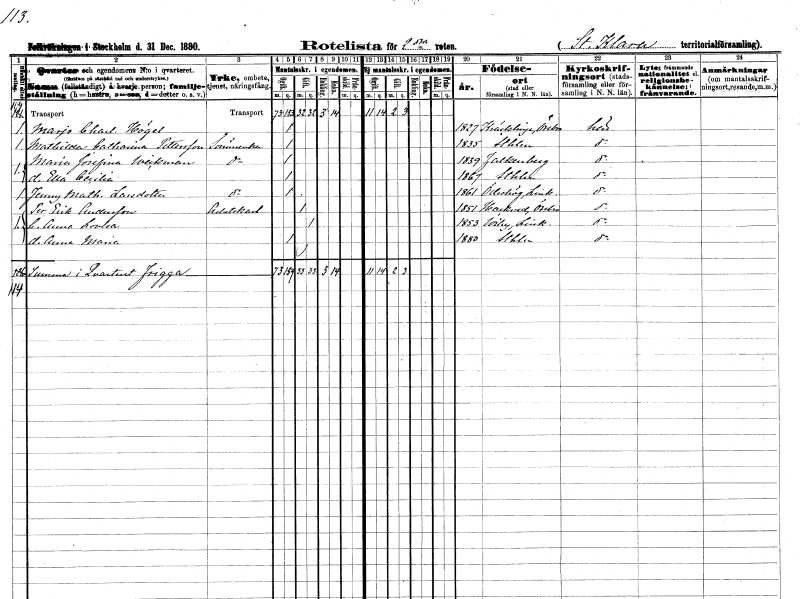
gt_parse: households: individuals: FN: Marjo Charlotta
EN: Högel
KON: K
CIV: O
FODAR: 1827
FODFORS: Kräcklinge Örebro län
FN: Mathilda Catharina
EN: Petersson
YRKE: Sömmerska
KON: K
CIV: O
FODAR: 1835
FODFORS: Stockholm
FN: Maria Josefina
EN: Wickman
YRKE: Sömmerska
KON: K
CIV: O
FODAR: 1839
FODFORS: Falkenberg Hallands län
FN: Ella Cecilia
KON: K
CIV: O
FODAR: 1867
FODFORS: Stockholm
FN: Jenny Mathilda
EN: Larsdotter
YRKE: Sömmerska
KON: K
CIV: O
FODAR: 1861
FODFORS: Ödeshög Östergötlands län
FN: Per Erik
EN: Andersson
YRKE: Arbetskarl
KON: M
CIV: G
FODAR: 1851
FODFORS: Hackvad Örebro län
FN: Anna Lovisa
KON: K
CIV: G
FODAR: 1853
FODFORS: Viby Östergötlands län
FN: Anna Maria
KON: K
CIV: O
FODAR: 1880
FODFORS: Stockholm